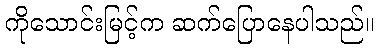
ကိုသောင်းမြင့်က ဆက်ပြောနေပါသည်။